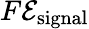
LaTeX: F\mathcal{E}_{\mathrm{{{signal}}}}